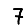
Digit: 7